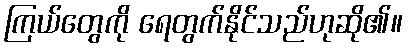
ကြယ်တွေကို ရေတွက်နိုင်သည်ဟုဆို၏။